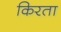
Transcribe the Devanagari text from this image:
किरता